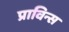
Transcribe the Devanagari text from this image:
प्राविन्स